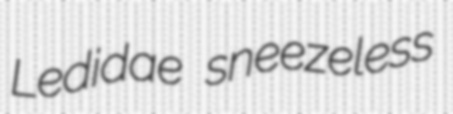
Ledidae sneezeless